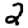
Digit: 2